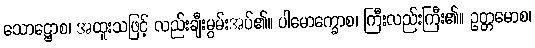
သောဋ္ဌောစ၊ အထူးသဖြင့် လည်းချီးမွမ်းအပ်၏။ ပါမောက္ခောစ၊ ကြီးလည်းကြီး၏။ ဥတ္တမောစ၊